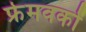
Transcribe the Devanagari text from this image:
फ्रेमवर्कों